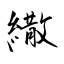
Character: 繖